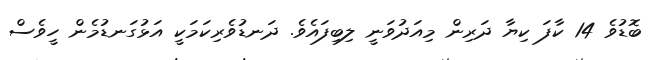
ބޮޑުވެ 14 ކާފަ ކިޔާ ދަރިން މިއަދުވަނީ ލިބިފައެވެ. ދަނޑުވެރިކަމަކީ އަޅުގަނޑުމެން ހީވެސް